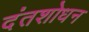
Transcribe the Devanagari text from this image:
दंतशोधन